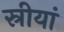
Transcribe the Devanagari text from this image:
स्रीयां